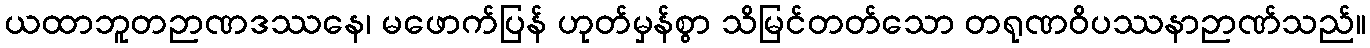
ယထာဘူတဉာဏဒဿနေ၊ မဖောက်ပြန် ဟုတ်မှန်စွာ သိမြင်တတ်သော တရုဏဝိပဿနာဉာဏ်သည်။